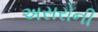
અસરોની